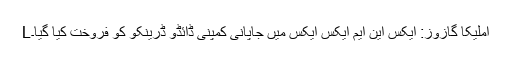
Lاملیکا گازوز: ایکس این ایم ایکس ایکس میں جاپانی کمپنی ڈائڈو ڈرینکو کو فروخت کیا گیا۔